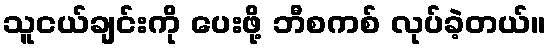
သူငယ်ချင်းကို ပေးဖို့ ဘီစကစ် လုပ်ခဲ့တယ်။